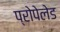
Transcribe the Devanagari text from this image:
प्रोपेलेड